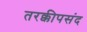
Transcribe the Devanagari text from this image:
तरक्कीपसंद